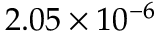
2 . 0 5 \times 1 0 ^ { - 6 }